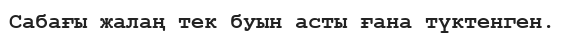
Сабағы жалаң тек буын асты ғана түктенген.